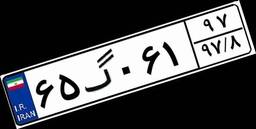
۶۵گ۰۶۱۹۷